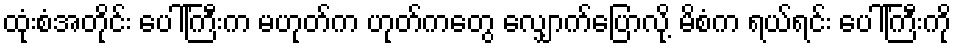
ထုံးစံအတိုင်း ပေါ်ကြီးက မဟုတ်က ဟုတ်ကတွေ လျှောက်ပြောလို့ မိစံက ရယ်ရင်း ပေါ်ကြီးကို